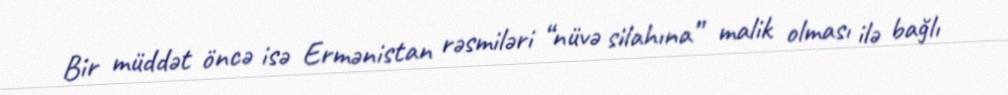
Bir müddət öncə isə Ermənistan rəsmiləri “nüvə silahına” malik olması ilə bağlı